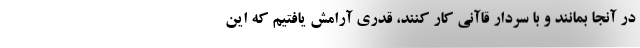
در آنجا بمانند و با سردار قاآنی کار کنند، قدری آرامش یافتیم که این